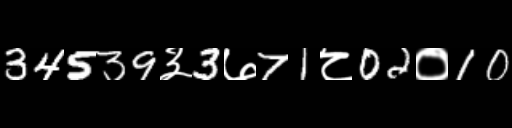
Text: 34539३3७71८02०10